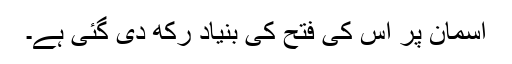
آسمان پر اس کی فتح کی بنیاد رکھ دی گئی ہے۔